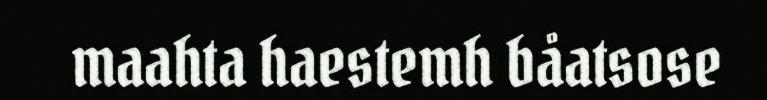
maahta haestemh båatsose